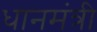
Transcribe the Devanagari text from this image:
धानमंत्री